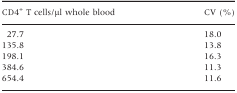
<table><thead><tr><td><b>CD4<sup>+</sup> T cells/<i>μ</i>l whole blood</b></td><td><b>CV (%)</b></td></tr></thead><tbody><tr><td>27.7</td><td>18.0</td></tr><tr><td>135.8</td><td>13.8</td></tr><tr><td>198.1</td><td>16.3</td></tr><tr><td>384.6</td><td>11.3</td></tr><tr><td>654.4</td><td>11.6</td></tr></tbody></table>